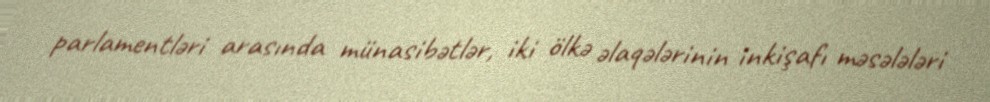
parlamentləri arasında münasibətlər, iki ölkə əlaqələrinin inkişafı məsələləri